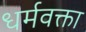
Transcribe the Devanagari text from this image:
धर्मवक्ता